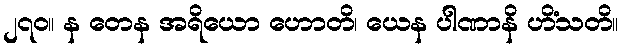
၂၇၀။ န တေန အရိယော ဟောတိ၊ ယေန ပါဏာနိ ဟိံသတိ။